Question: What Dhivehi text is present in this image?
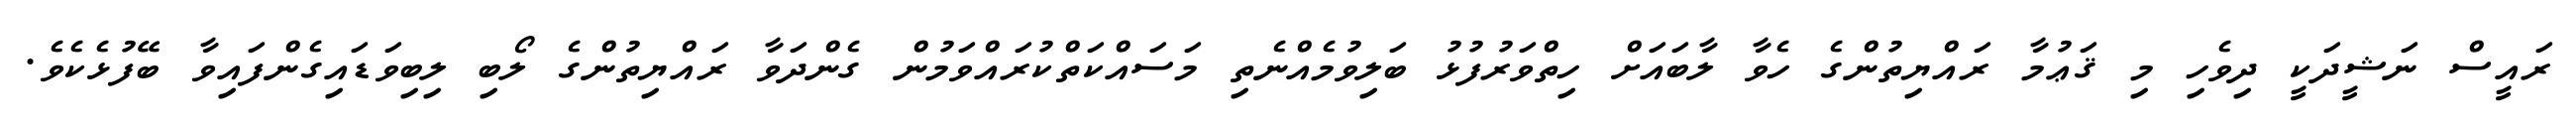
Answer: ރައީސް ނަޝީދަކީ ދިވެހި މި ޤަޢުމާ ރައްޔިތުންގެ ހެވާ ލާބައަށް ހިތްވަރުފުޅު ބަލިވުމެއްނެތި މަސައްކަތްކުރައްވަމުން ގެންދަވާ ރައްޔިތުންގެ ލޯބި ލިބިވަޑައިގެންފައިވާ ބޭފުޅެކެވެ.